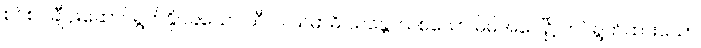
စင်စင်ချီပိုးဆောင်ရွက်နိုင်ခဲသော သီလ သမာဓိ သန္တောသစသော မိမိအပေါ်၌ တင်ရွက်ထားသော